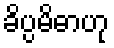
ခိပ္ပမိဓာဟု